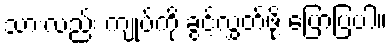
သားလည်း ကျုပ်ကို ခွင့်လွှတ်ဖို့ ပြောပြပါ။